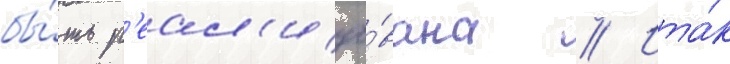
бы́ть р'еал'изо́вана // Ита́к